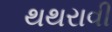
થથરાવી